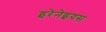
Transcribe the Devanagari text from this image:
इरेनेइयस